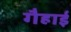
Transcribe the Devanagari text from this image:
गैहाई